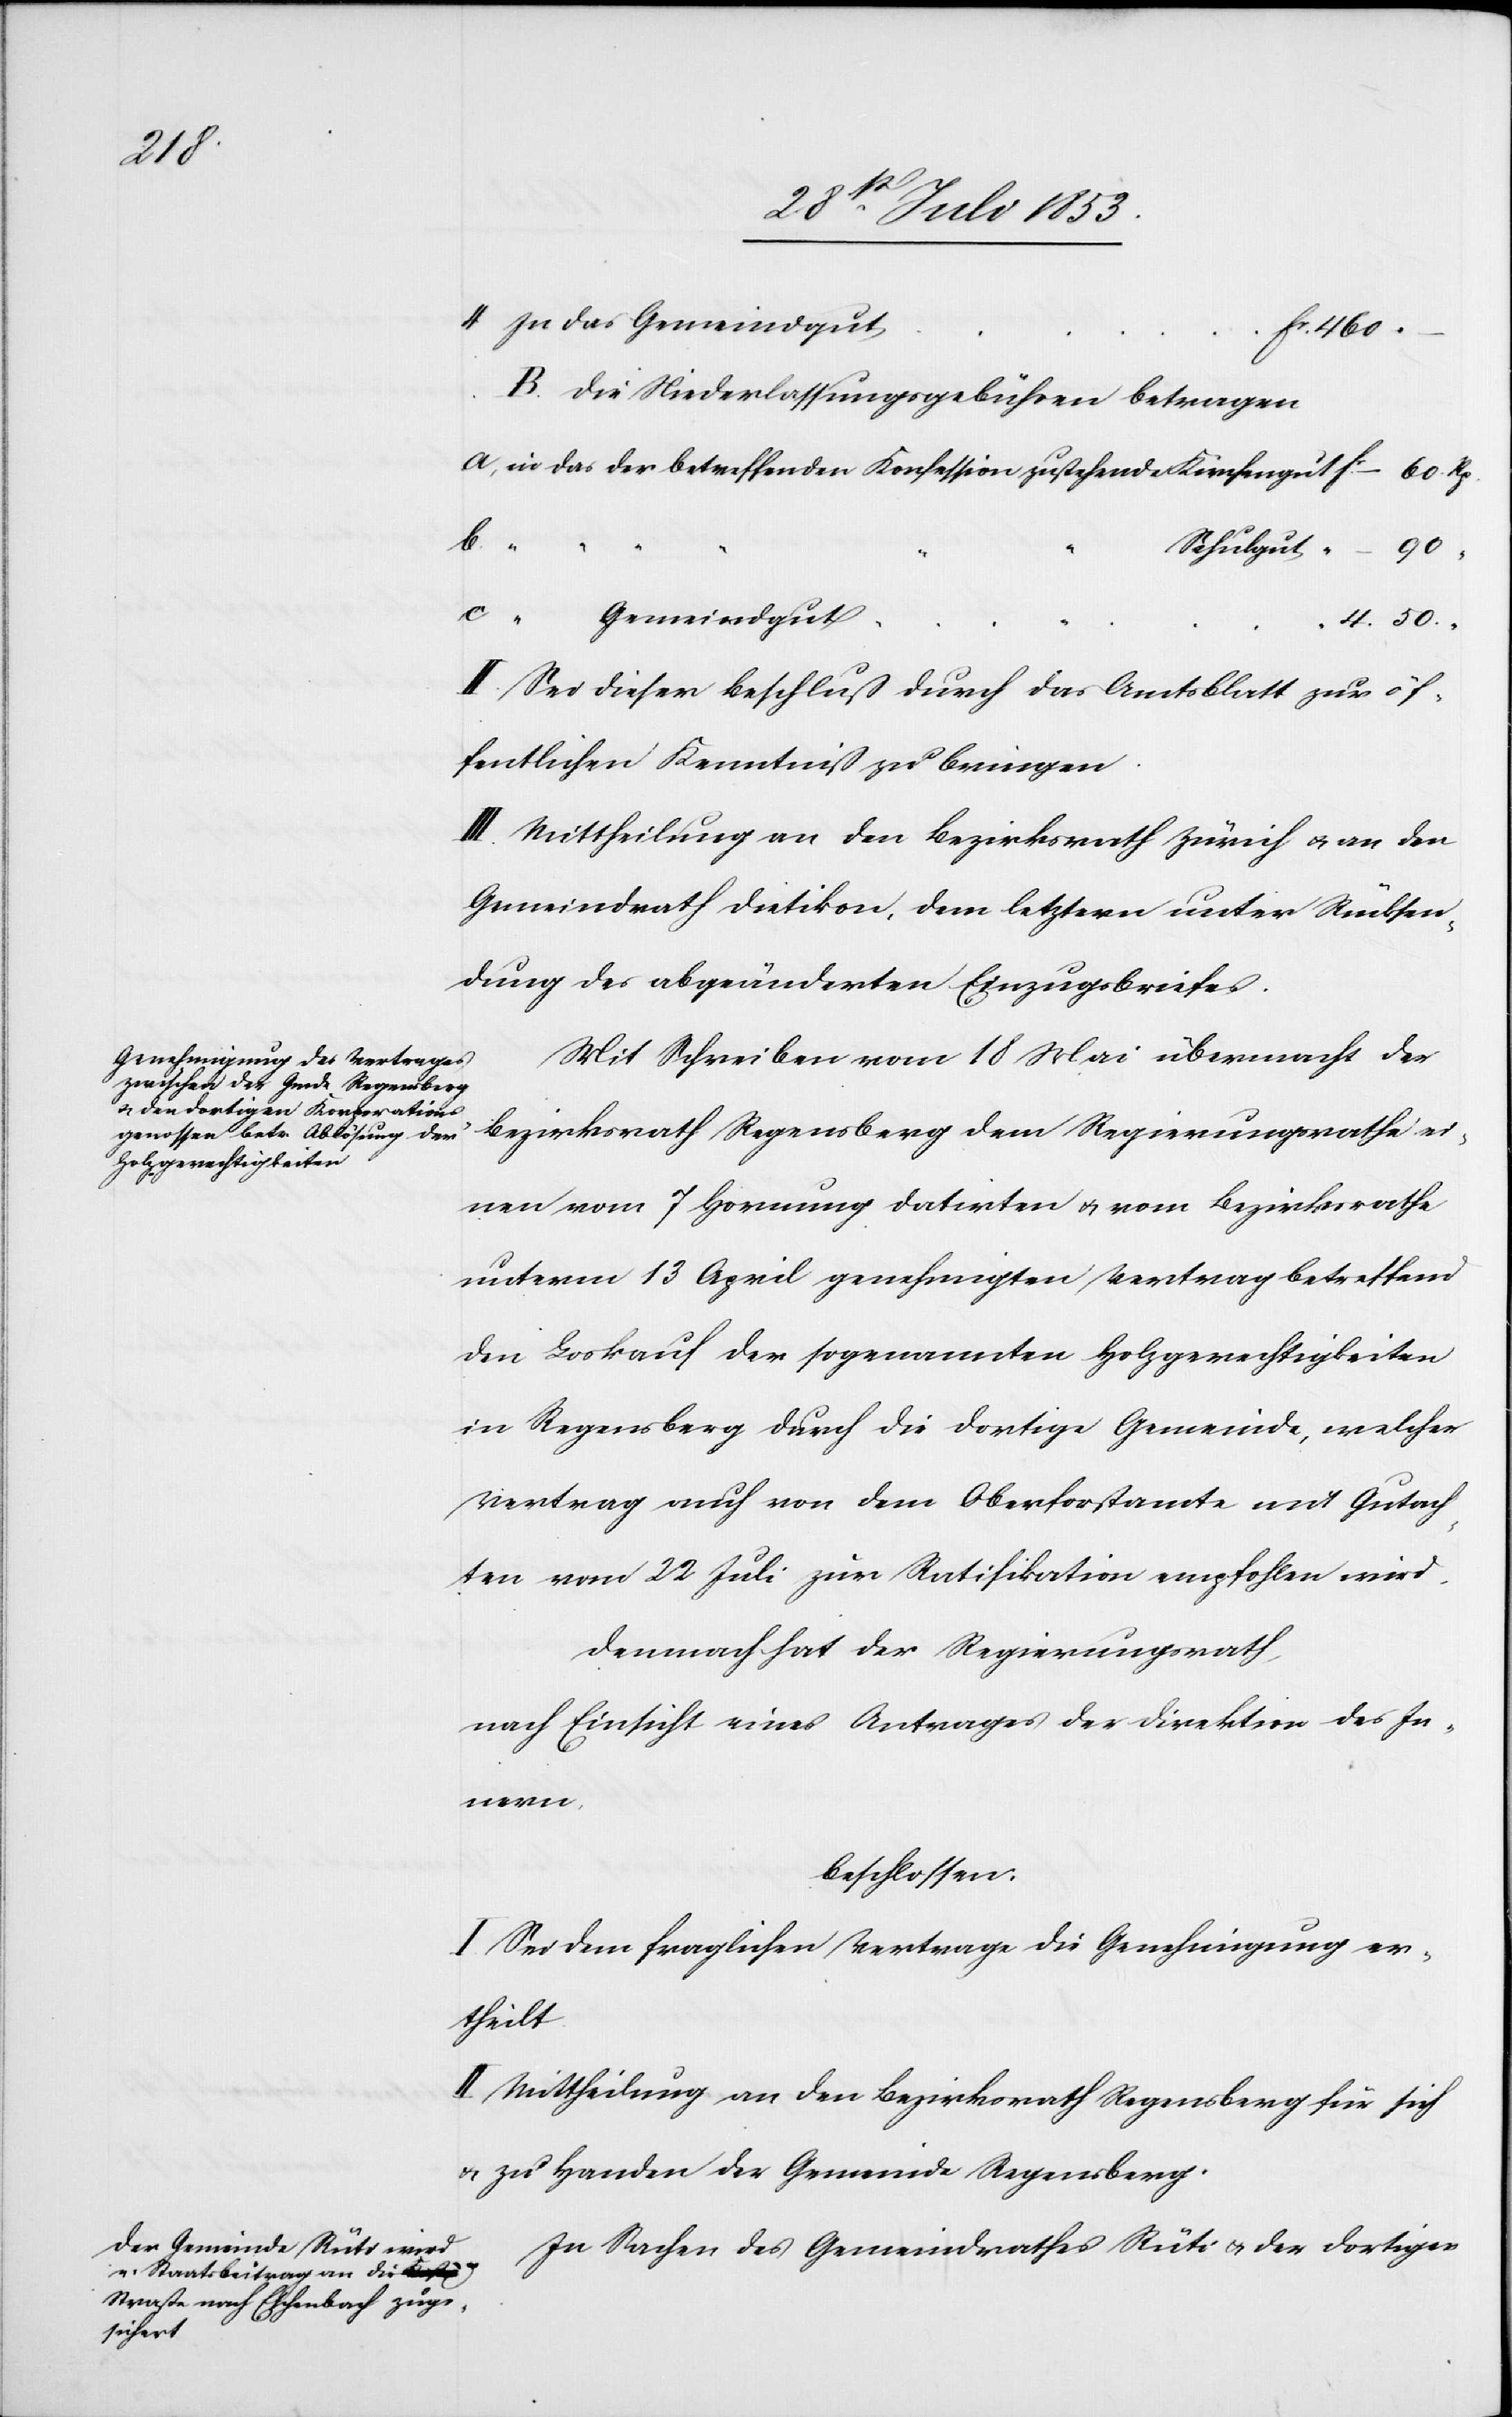
460.
B. Die Niederlassungsgebühren betragen
a, in das der betreffenden Konfession zustehende Kirchengut fc – . 60 Rp.
b
Schulgut	“ – . 90
4. 50. “
II. Sei dieser Beschluß durch das Amtsblatt zur öf¬
fentlichen Kenntniß zu bringen.
III. Mittheilung an den Bezirksrath Zürich u. an den
Gemeindrath Dietikon, dem letztern unter Rücksen¬
dung der abgeänderten Einzugsbriefes.
Mit Schreiben vom 18 Juli übermacht der
Bezirksrath Regensberg dem Regierungsrathe ei¬
nen vom 7 Hornung datirten u. vom Bezirksrathe
unterm 13 April genehmigten Vertrag betreffend
den Loskauf der sogenannten Holzgerechtigkeiten
in Regensberg durch die dortige Gemeinde, welcher
Vertrag auch von dem Oberforstamte mit Gutach¬
ten vom 22 April zur Ratifikation empfohlen wird.
Demnach hat der Regierungsrath
nach Einsicht eines Antrages der Direktion des In¬
nern,
beschlossen.
I. Sei dem fraglichen Vertrage die Genehmigung er¬
theilt.
II. Mittheilung an den Bezirksrath Regensberg für sich
u. zu Handen der Gemeinde Regensberg.
In Sachen des Gemeindrathes Rüti u. der dortigen